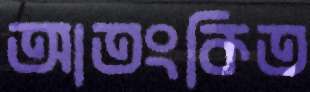
আতংকিত